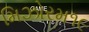
મિઝોરમ૧૯